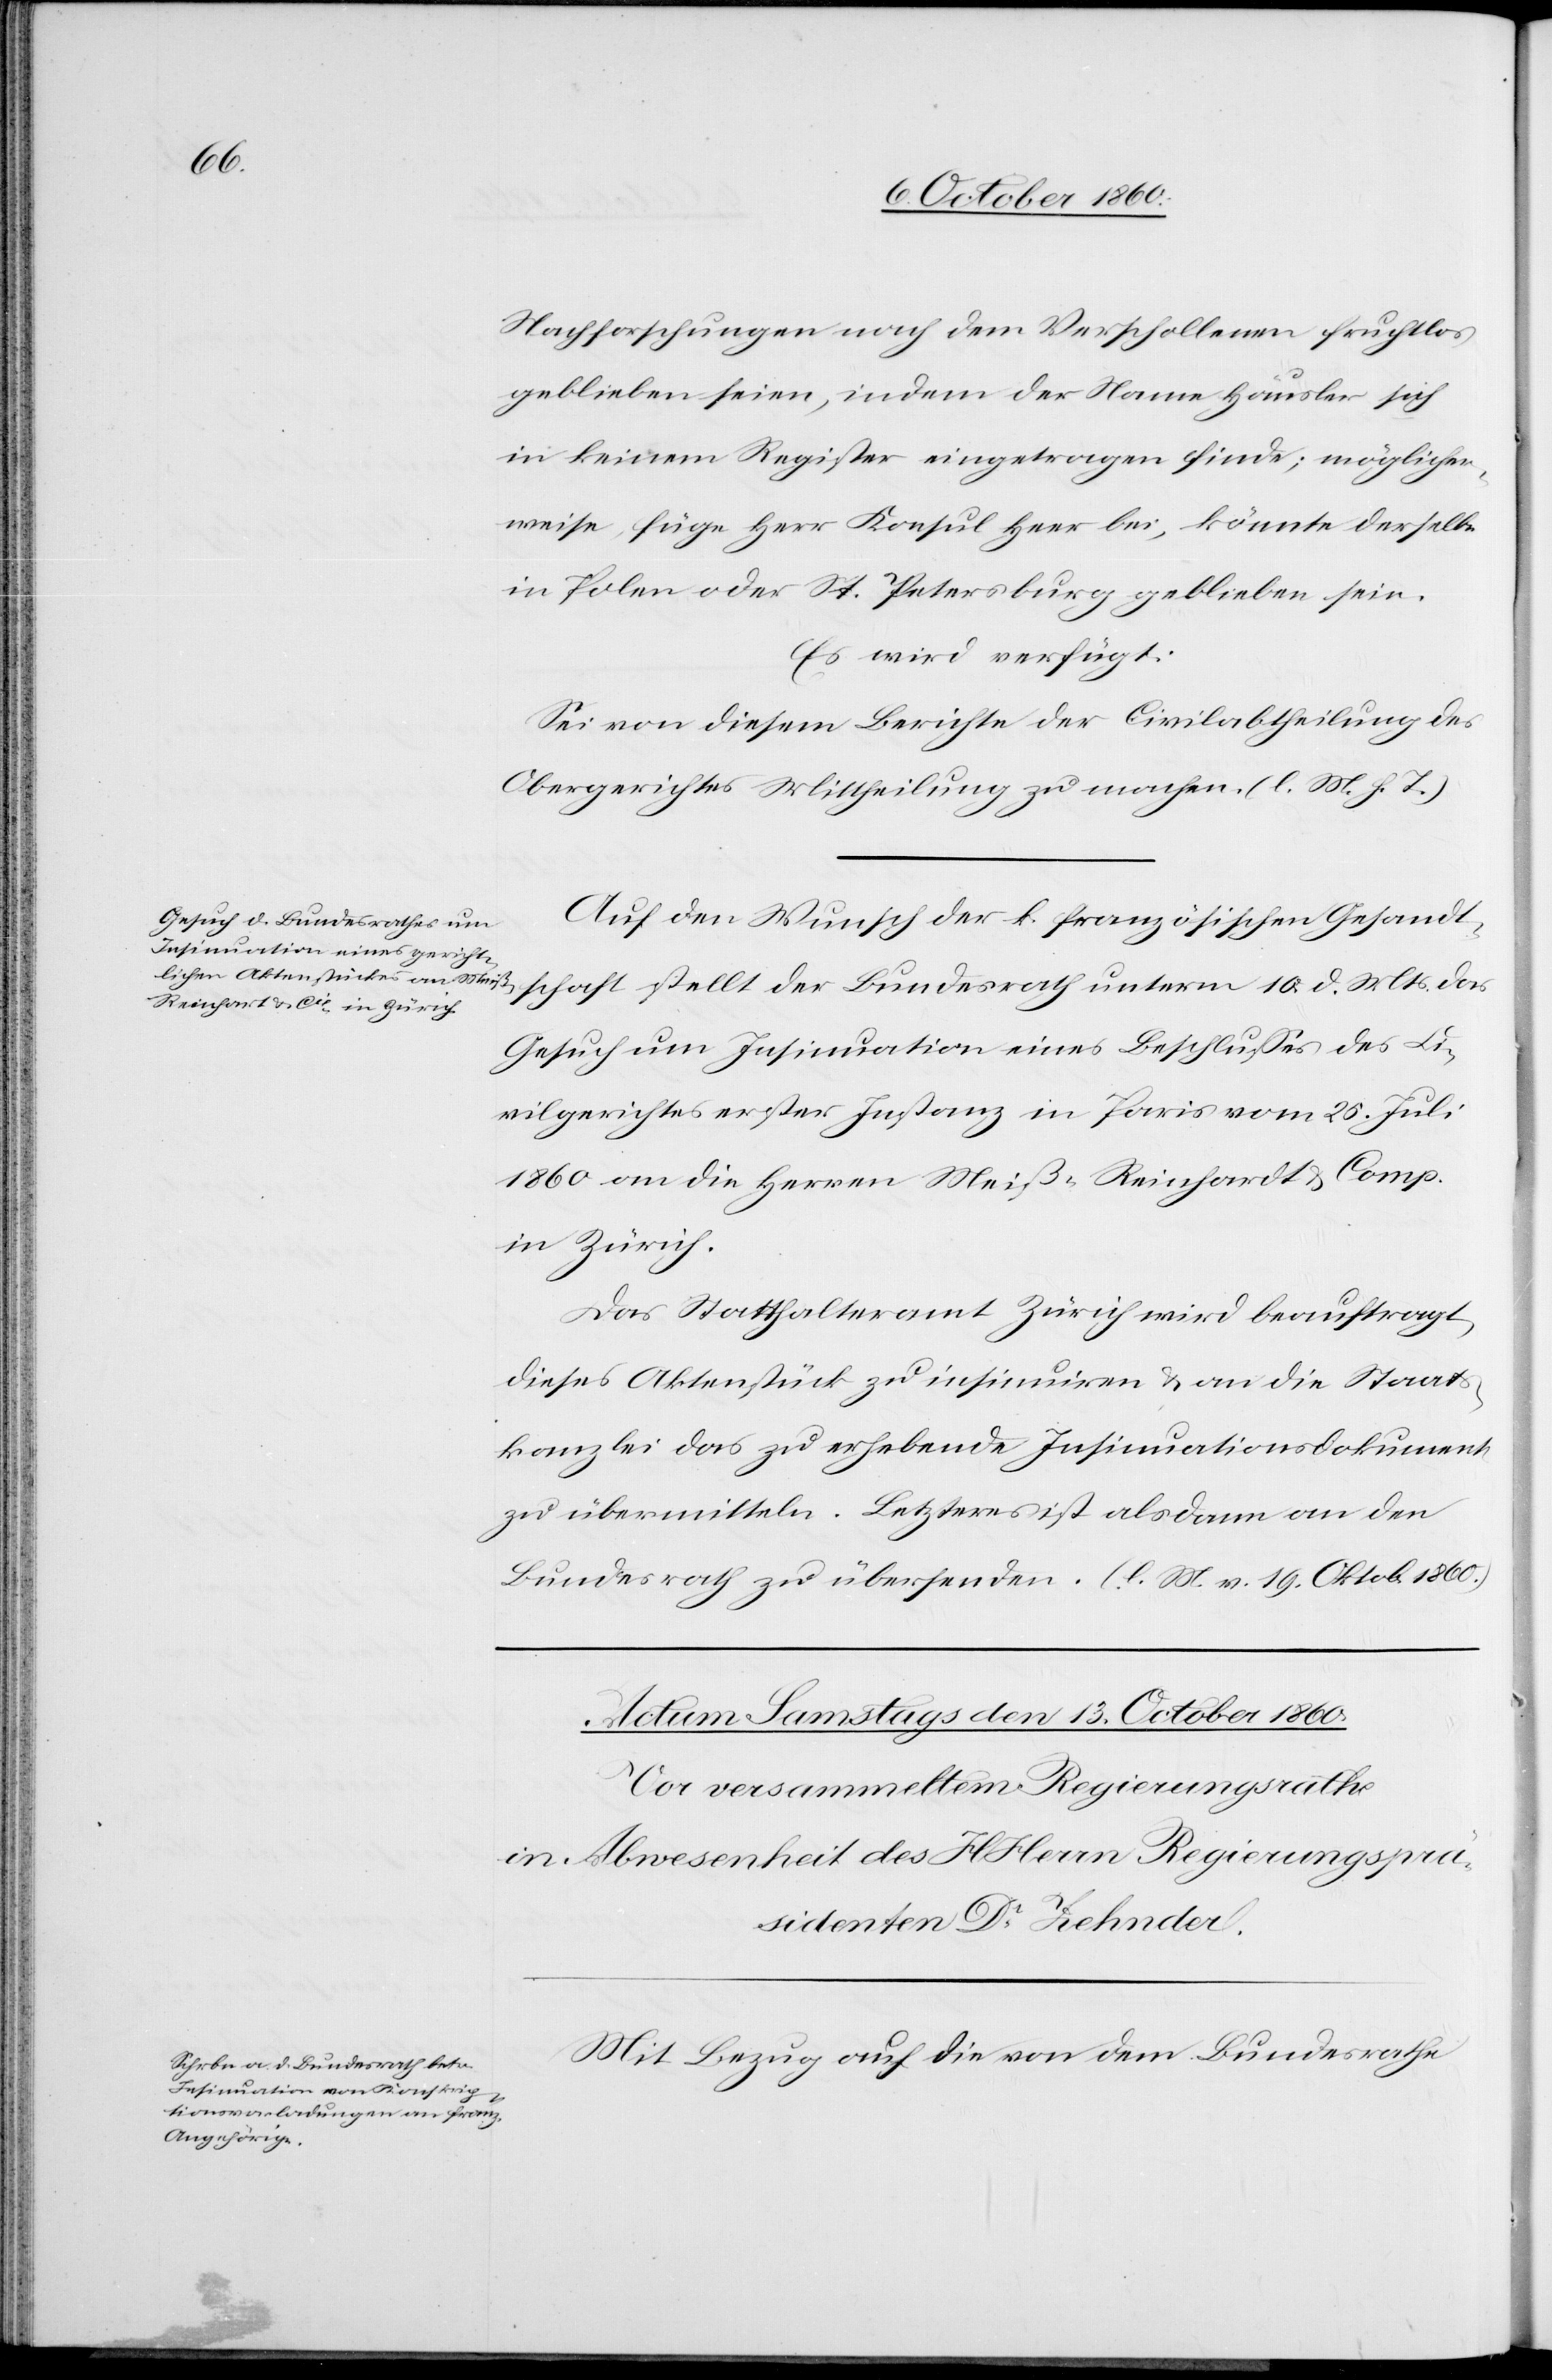
12. October 1860.]
Nachforschungen nach dem Verschollenen fruchtlos
geblieben seien, indem der Name Häusler sich
in keinem Register eingetragen finde; möglicher¬
weise, füge Herr Konsul Heer bei, könnte derselbe
in Polen oder St. Petersburg geblieben sein.
Es wird verfügt:
Sei von diesem Berichte der Civilabtheilung des
Obergerichtes Mittheilung zu machen. (l. M. h. T.)
Auf den Wunsch der k. französischen Gesandt¬
schaft stellt der Bundesrath unterm 1. d. Mts. das
Gesuch um Insinuation eines Beschlusses des Ci¬
vilgerichtes erster Instanz in Paris vom 25. Juli
1860 an die Herren Meiß-Reinhardt & Comp.
in Zürich.
Das Statthalteramt Zürich wird beauftragt,
dieses Aktenstück zu insinuiren u. an die Staats¬
kanzlei das zu erhebende Insinuationsdokument
zu übermitteln. Letzteres ist alsdann an den
Bundesrath zu übersenden. (l. M. v. 19. Oktob. 1860.)
Mit Bezug auf die von dem Bundesrathe